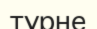
турне